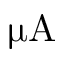
\upmu \mathrm { A }